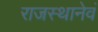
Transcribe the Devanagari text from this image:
राजस्थानेवं